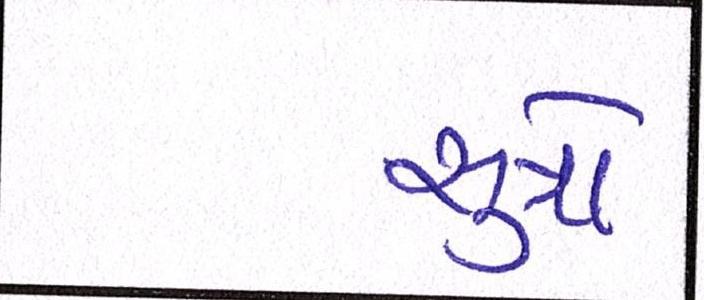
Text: સુત્રો